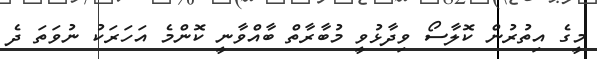
މީގެ އިތުރުން ކޮލާސޯ ވިދާޅުވީ މުބާރާތް ބާއްވާނީ ކޮންމެ އަހަރަކު ނުވަތަ ދެ